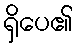
ရှိပေ၏